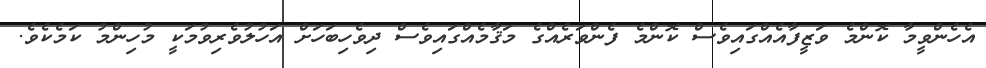
އެހެންވީމާ ކޮންމެ ވަޒީފާއެއްގައިވެސް ކޮންމެ ފެންވަރެއްގެ މަޤާމެއްގައިވެސް ދިވެހިބަހަށް އަހުލުވެރިވުމަކީ މުހިންމު ކަމެކެވެ.